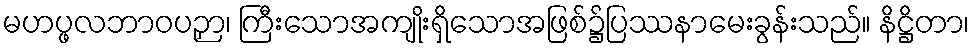
မဟပ္ဖလဘာဝပဉှာ၊ ကြီးသောအကျိုးရှိသောအဖြစ်၌ပြဿနာမေးခွန်းသည်။ နိဋ္ဌိတာ၊